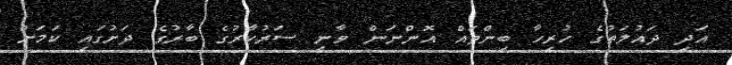
އަދި ދައުލަތުގެ ހުރިހާ ބިންތައް އޮންނަން ވާނީ ސަރުކާރުގެ ބާރުގެ ދަށުގައި ކަމަށް